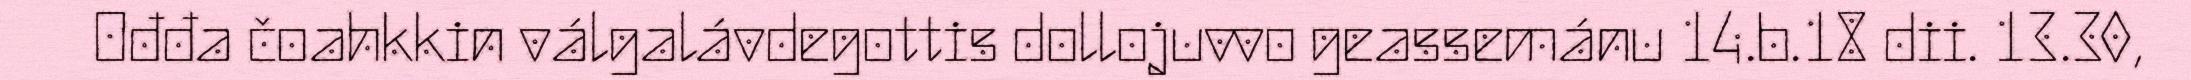
Ođđa čoahkkin válgalávdegottis dollojuvvo geassemánu 14.b.18 dii. 13.30,